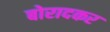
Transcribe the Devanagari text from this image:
बोरादकर